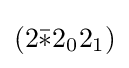
(2{\bar {*}}2_{0}2_{1})